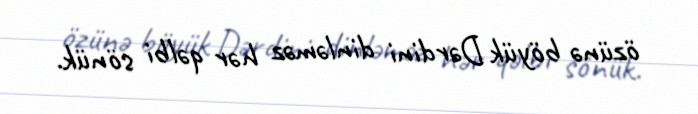
özünə böyük Dərdini dinləməz hər qəlbi sönük.